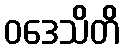
ဝဒေသိတိ